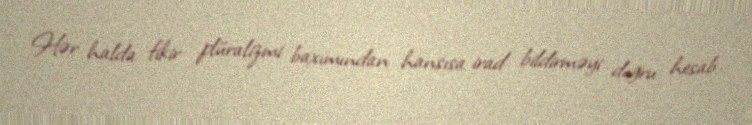
Hər halda fikir plüralizmi baxımından hansısa irad bildirməyi doğru hesab